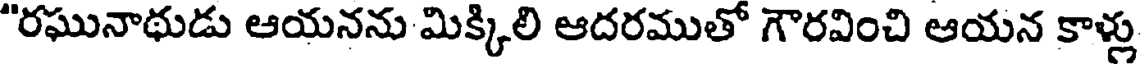
"రఘునాథుడు ఆయనను మిక్కిలి ఆదరముతో గౌరవించి ఆయన కాళ్లు